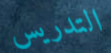
التدريس